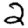
Digit: 2